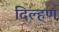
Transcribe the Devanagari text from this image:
दिल्हण